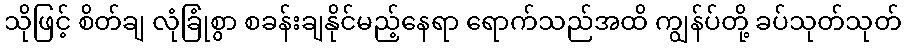
သိုဖြင့် စိတ်ချ လုံခြုံစွာ စခန်းချနိုင်မည့်နေရာ ရောက်သည်အထိ ကျွန်ပ်တို့ ခပ်သုတ်သုတ်